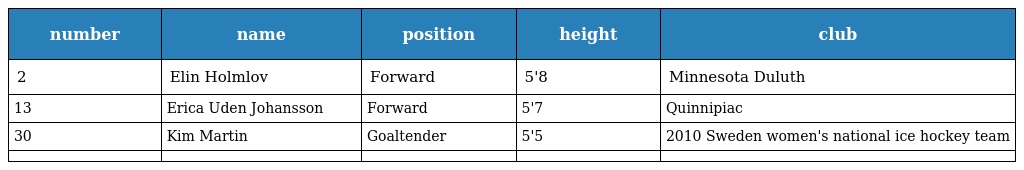
| number | name | position | height | club |
 | --- | --- | --- | --- | --- |
 | 2 | Elin Holmlov | Forward | 5'8 | Minnesota Duluth |
 | 13 | Erica Uden Johansson | Forward | 5'7 | Quinnipiac |
 | 30 | Kim Martin | Goaltender | 5'5 | 2010 Sweden women's national ice hockey team |
 |  |  |  |  |  |